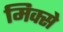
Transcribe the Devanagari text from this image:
मिक्से